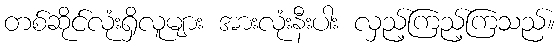
တစ်ဆိုင်လုံးရှိလူများ အားလုံးနီးပါး လှည့်ကြည့်ကြသည်။